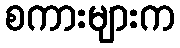
စကားများက